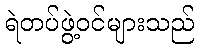
ရဲတပ်ဖွဲ့ဝင်များသည်